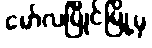
မော်လမြိုင်မြို့မှ